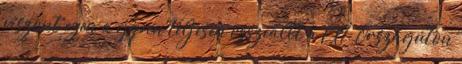
viszont ezen a gépen teljesen összeállt a CX1. Országúton